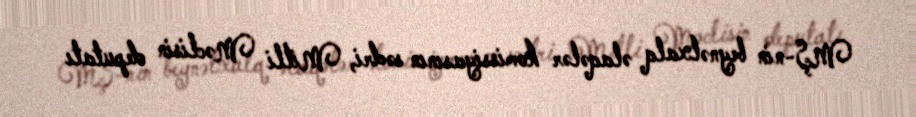
MŞ-nin beynəlxalq əlaqələr komissiyasının sədri, Milli Məclisin deputatı